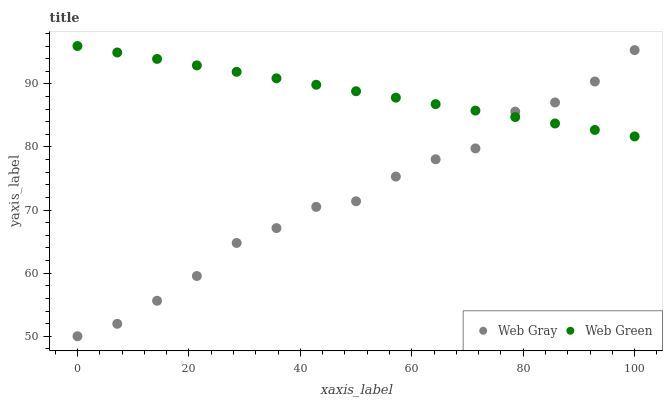
| xaxis_label | Web Gray | Web Green |
 | --- | --- | --- |
 | 0 | 50 | 96 |
 | 7.14 | 52 | 95 |
 | 14.3 | 55.6 | 94 |
 | 21.4 | 59.5 | 92.9 |
 | 28.6 | 64.8 | 91.9 |
 | 35.7 | 67.1 | 90.9 |
 | 42.9 | 70.5 | 89.9 |
 | 50 | 71.4 | 88.8 |
 | 57.1 | 75.3 | 87.8 |
 | 64.3 | 78 | 86.8 |
 | 71.4 | 79.8 | 85.8 |
 | 78.6 | 85.6 | 84.7 |
 | 85.7 | 87.1 | 83.7 |
 | 92.9 | 90.4 | 82.7 |
 | 100 | 95.4 | 81.7 |